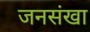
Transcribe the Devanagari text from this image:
जनसंखा